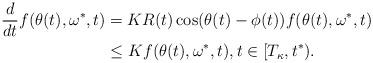
LaTeX: \begin{align*}\frac{d}{dt}f(\theta(t),\omega^*,t) &= KR(t)\cos(\theta(t)-\phi(t))f(\theta(t),\omega^*,t) \cr&\leq K f(\theta(t), \omega^*,t), t \in [T_\kappa, t^*).\end{align*}